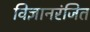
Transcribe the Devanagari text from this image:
विज्ञानरंजित